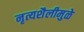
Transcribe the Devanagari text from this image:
नृत्यशैलीमुळे